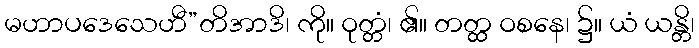
မဟာပဒေသေဟီ”တိအာဒိ၊ ကို။ ဝုတ္တံ၊ ၏။ တတ္ထ ဝစနေ၊ ၌။ ယံ ယန္တိ၊